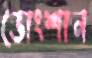
ডোংশান